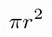
\pi r^2